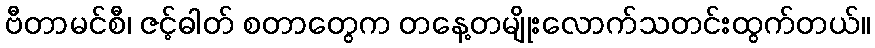
ဗီတာမင်စီ၊ ဇင့်ဓါတ် စတာတွေက တနေ့တမျိုးလောက်သတင်းထွက်တယ်။